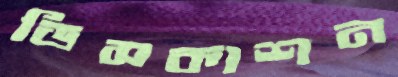
ডিসকাশন